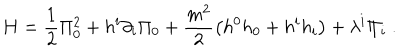
H = \frac { 1 } { 2 } \Pi _ { 0 } ^ { 2 } + h ^ { i } \partial _ { i } \Pi _ { 0 } + \frac { m ^ { 2 } } { 2 } \left( h ^ { 0 } h _ { 0 } + h ^ { i } h _ { i } \right) + \lambda ^ { i } \Pi _ { i } \ .